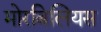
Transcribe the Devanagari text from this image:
मोरबिलियस